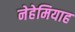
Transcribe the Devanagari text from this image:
नेहेमियाह